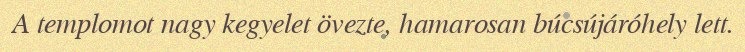
A templomot nagy kegyelet övezte, hamarosan búcsújáróhely lett.